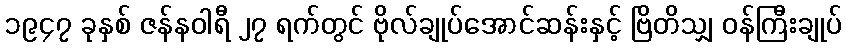
၁၉၄၇ ခုနှစ် ဇန်နဝါရီ ၂၇ ရက်တွင် ဗိုလ်ချုပ်အောင်ဆန်းနှင့် ဗြိတိသျှ ဝန်ကြီးချုပ်